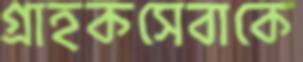
গ্রাহকসেবাকে